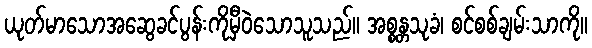
ယုတ်မာသောအဆွေခင်ပွန်းကိုမှီဝဲသောသူသည်။ အစ္စန္တသုခံ၊ စင်စစ်ချမ်းသာကို။